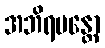
အဘိရမန္တော